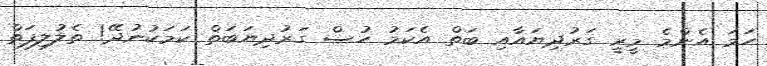
ހަމަ އެންމެ މީރީ ގަރުދިޔައާއި ބަތް އެކަމު ހުސް ގަރުދިޔަބަތް ކަމަކުނުދޭ! ތެލުލިފަތް